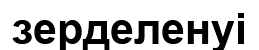
зерделенуі